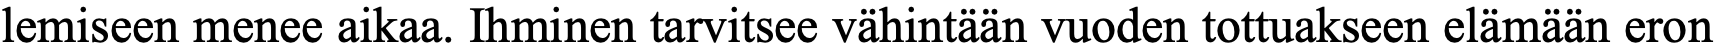
lemiseen menee aikaa. Ihminen tarvitsee vähintään vuoden tottuakseen elämään eron